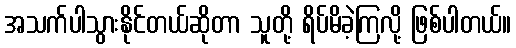
အသက်ပါသွားနိုင်တယ်ဆိုတာ သူတို့ ရိပ်မိခဲ့ကြလို့ ဖြစ်ပါတယ်။